Civil Veterinary Department. United Provinces 1932-42 - 1932-1942
Year: 1932
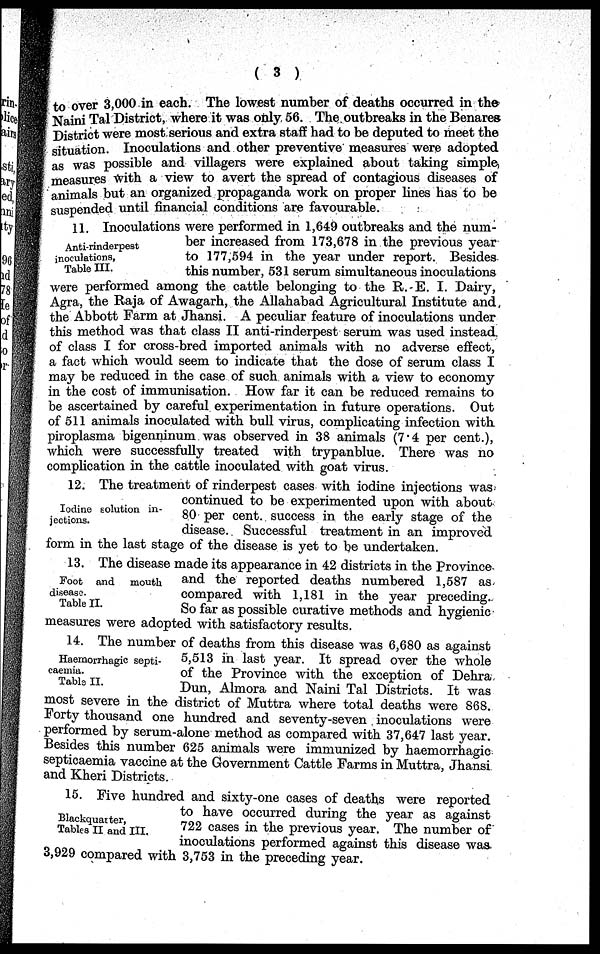
(3)
to over 3,000 in each. The lowest number of deaths occurred in the
Naini Tal District, where it was only 56. The outbreaks in the Benares
District were most serious and extra staff had to be deputed to meet the
situation. Inoculations and other preventive measures were adopted
as was possible and villagers were explained about taking simple,
measures with a view to avert the spread of contagious diseases of
animals but an organized propaganda work on proper lines has to be
suspended until financial conditions are favourable.
Anti-rinderpest
inoculations,
Table III.
11. Inoculations were performed in 1,649 outbreaks and the num-
ber increased from 173,678 in the previous year
to 177,594 in the year under report. Besides
this number, 531 serum simultaneous inoculations
were performed among the cattle belonging to the R. E. I. Dairy,
Agra, the Raja of Awagarh, the Allahabad Agricultural Institute and
the Abbott Farm at Jhansi. A peculiar feature of inoculations under
this method was that class II anti-rinderpest serum was used instead
of class I for cross-bred imported animals with no adverse effect,
a fact which would seem to indicate that the dose of serum class I
may be reduced in the case of such animals with a view to economy
in the cost of immunisation. How far it can be reduced remains to
be ascertained by careful experimentation in future operations. Out
of 511 animals inoculated with bull virus, complicating infection with
piroplasma bigenninum was observed in 38 animals (7.4 per cent.),
which were successfully treated with trypanblue. There was no
complication in the cattle inoculated with goat virus.
Iodine solution in-
jections.
12. The treatment of rinderpest cases with iodine injections was
continued to be experimented upon with about
80 per cent. success in the early stage of the
disease. Successful treatment in an improved
form in the last stage of the disease is yet to be undertaken.
Foot and
mouth
disease.
Table II.
13. The disease made its appearance in 42 districts in the Province
and the reported deaths numbered 1,587 as
compared with 1,181 in the year preceding.
So far as possible curative methods and hygienic
measures were adopted with satisfactory results.
Haemorrhagic septi-
caemia.
Table II.
14. The number of deaths from this disease was 6,680 as against
5,513 in last year. It spread over the whole
of the Province with the exception of Dehra
Dun, Almora and Naini Tal Districts. It was
most severe in the district of Muttra where total deaths were 868.
Forty thousand one hundred and seventy-seven inoculations were
performed by serum-alone method as compared with 37,647 last year.
Besides this number 625 animals were immunized by haemorrhagic
septicaemia vaccine at the Government Cattle Farms in Muttra, Jhansi
and Kheri Districts.
Blackquatter,
Tables II and III.
15. Five hundred and sixty-one cases of deaths were reported
to have occurred during the year as against
722 cases in the previous year. The number of
inoculations performed against this disease was.
3,929 compared with 3,753 in the preceding year.